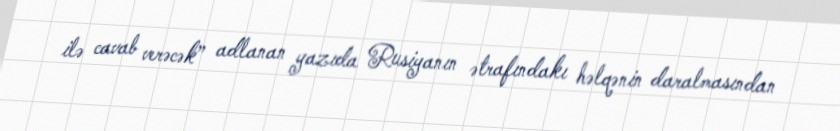
ilə cavab verəcək” adlanan yazıda Rusiyanın ətrafındakı həlqənin daralmasından